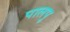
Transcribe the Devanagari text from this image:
पालपु